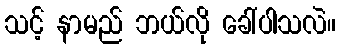
သင့် နာမည် ဘယ်လို ခေါ်ပါသလဲ။